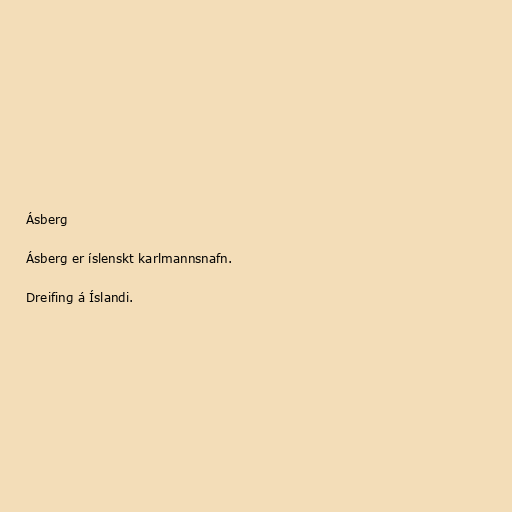
Ásberg

Ásberg er íslenskt karlmannsnafn.

Dreifing á Íslandi.